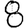
Digit: 8